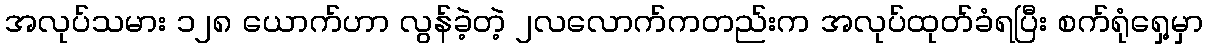
အလုပ်သမား ၁၂၈ ယောက်ဟာ လွန်ခဲ့တဲ့ ၂လလောက်ကတည်းက အလုပ်ထုတ်ခံရပြီး စက်ရုံရှေ့မှာ